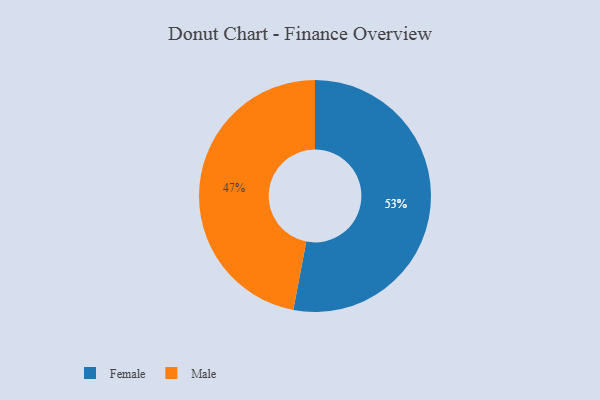
{"axis": {"x": "Category", "y": "Percentage"}, "legend": ["Female", "Male"], "data": [{"x": "Male", "y": 47, "type": "Male"}, {"x": "Female", "y": 53, "type": "Female"}]}